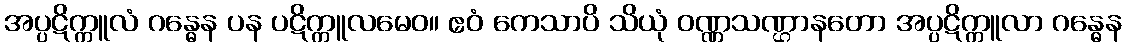
အပ္ပဋိက္ကူလံ ဂန္ဓေန ပန ပဋိက္ကူလမေဝ။ ဧဝံ ကေသာပိ သိယုံ ဝဏ္ဏသဏ္ဌာနတော အပ္ပဋိက္ကူလာ ဂန္ဓေန